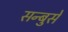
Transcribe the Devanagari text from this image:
सन्बुसे